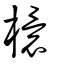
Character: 檈